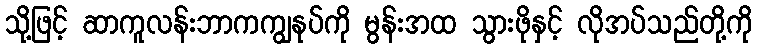
သို့ဖြင့် ဆာကူလန်းဘာကကျွနုပ်ကို မွန်းအထ သွားဖိုနှင့် လိုအပ်သည်တို့ကို